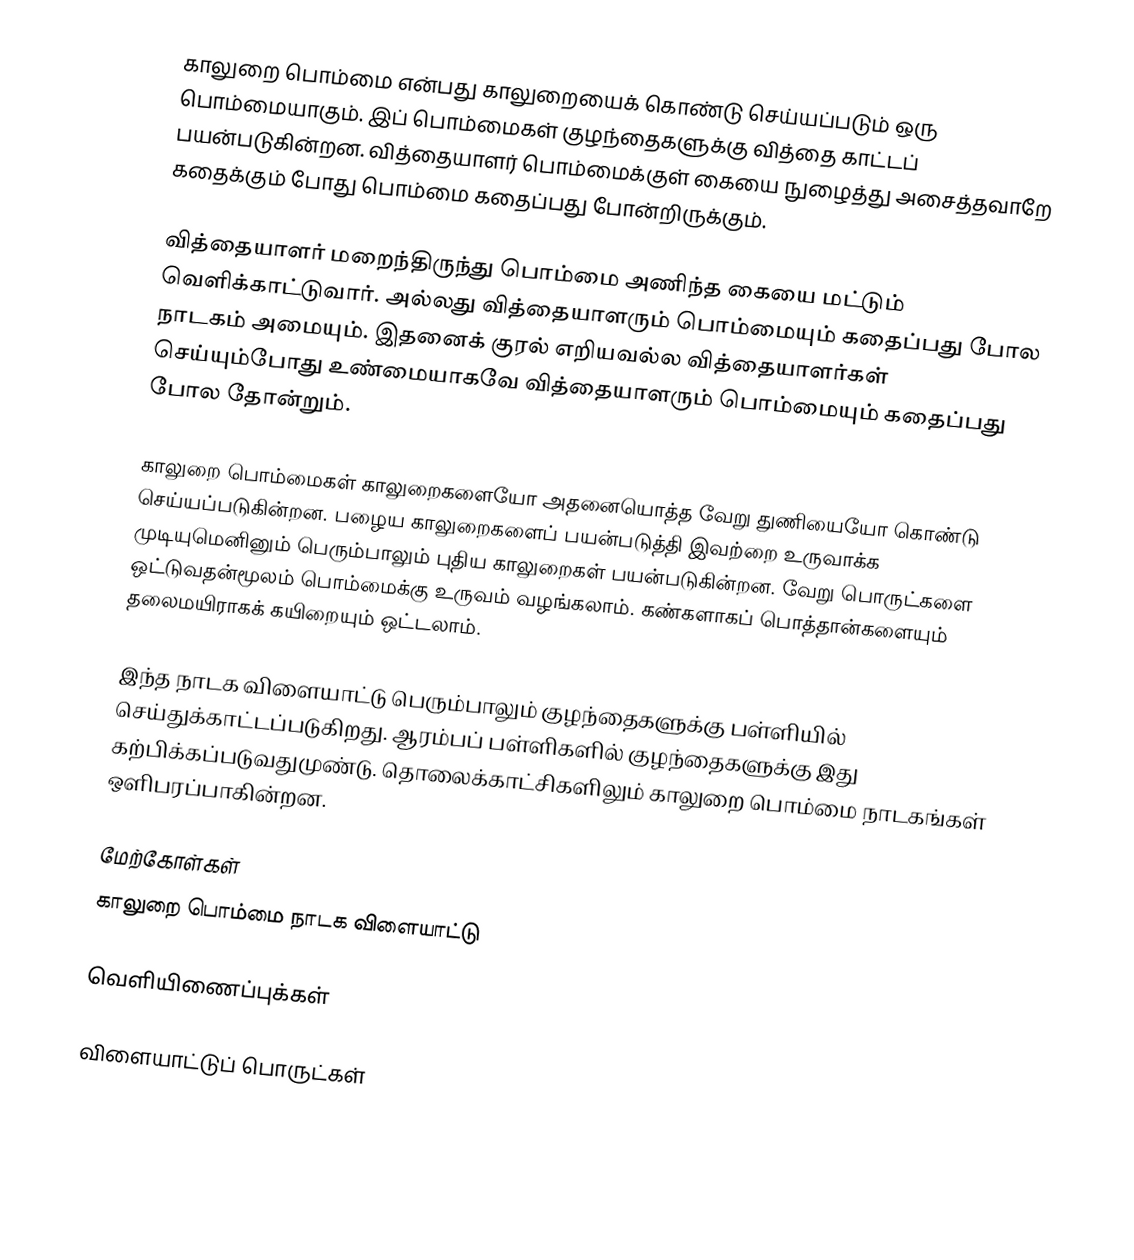
காலுறை பொம்மை என்பது காலுறையைக் கொண்டு செய்யப்படும் ஒரு பொம்மையாகும். இப் பொம்மைகள் குழந்தைகளுக்கு வித்தை காட்டப் பயன்படுகின்றன. வித்தையாளர் பொம்மைக்குள் கையை நுழைத்து அசைத்தவாறே கதைக்கும் போது பொம்மை கதைப்பது போன்றிருக்கும்.

வித்தையாளர் மறைந்திருந்து பொம்மை அணிந்த கையை மட்டும் வெளிக்காட்டுவார். அல்லது வித்தையாளரும் பொம்மையும் கதைப்பது போல நாடகம் அமையும். இதனைக் குரல் எறியவல்ல வித்தையாளர்கள் செய்யும்போது உண்மையாகவே வித்தையாளரும் பொம்மையும் கதைப்பது போல தோன்றும்.

காலுறை பொம்மைகள் காலுறைகளையோ அதனையொத்த வேறு துணியையோ கொண்டு செய்யப்படுகின்றன. பழைய காலுறைகளைப் பயன்படுத்தி இவற்றை உருவாக்க முடியுமெனினும் பெரும்பாலும் புதிய காலுறைகள் பயன்படுகின்றன. வேறு பொருட்களை ஒட்டுவதன்மூலம் பொம்மைக்கு உருவம் வழங்கலாம். கண்களாகப் பொத்தான்களையும் தலைமயிராகக் கயிறையும் ஒட்டலாம்.

இந்த நாடக விளையாட்டு பெரும்பாலும் குழந்தைகளுக்கு பள்ளியில் செய்துக்காட்டப்படுகிறது. ஆரம்பப் பள்ளிகளில் குழந்தைகளுக்கு இது கற்பிக்கப்படுவதுமுண்டு. தொலைக்காட்சிகளிலும் காலுறை பொம்மை நாடகங்கள் ஒளிபரப்பாகின்றன.

மேற்கோள்கள்
 காலுறை பொம்மை நாடக விளையாட்டு

வெளியிணைப்புக்கள்

விளையாட்டுப் பொருட்கள்